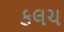
કલચ